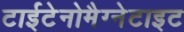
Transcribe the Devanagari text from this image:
टाईटेनोमैग्नेटाइट